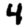
Digit: 4